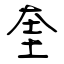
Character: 奎